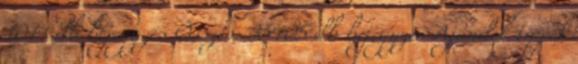
1014 db bejegyzés Összes: 35405 db bejegyzés Ajándék tippek